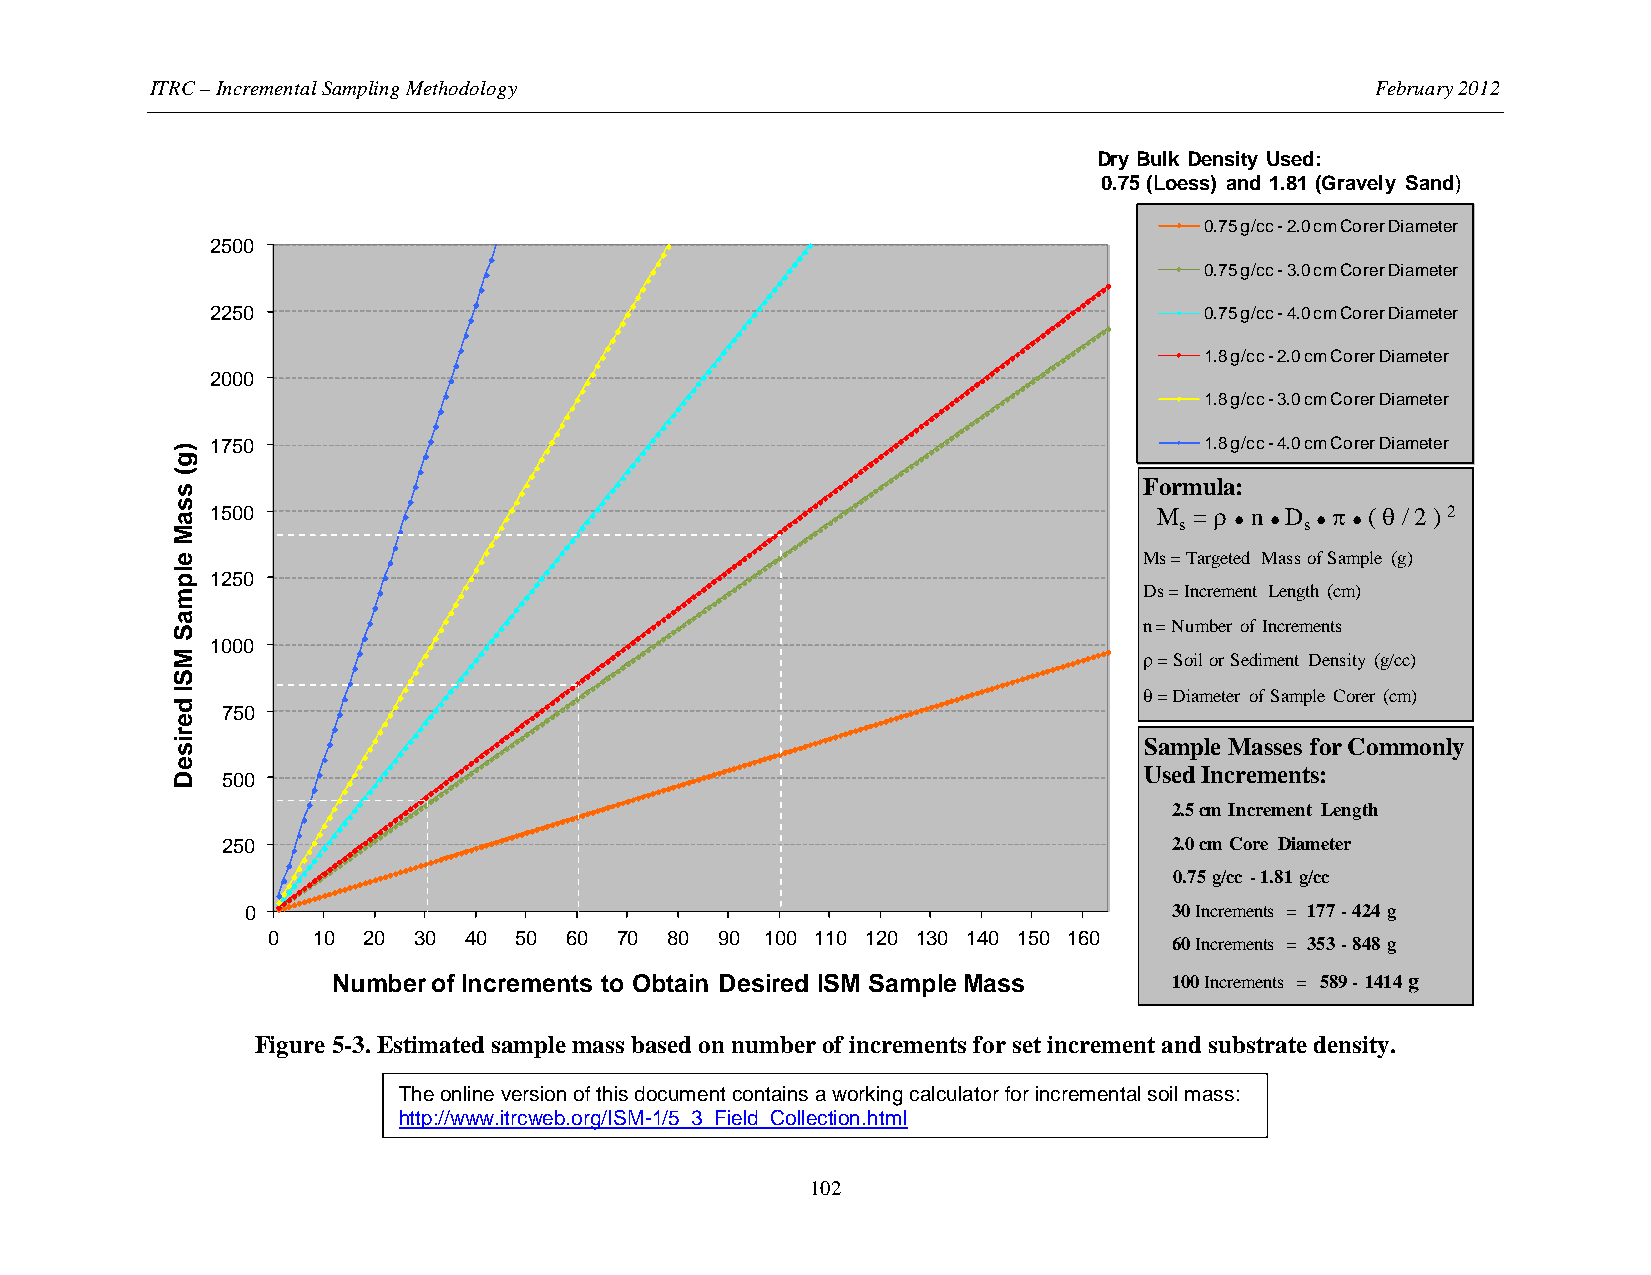
ITRC – Incremental Sampling Methodology                                          February 2012
 Dry Bulk Density Used:
 0.75 (Loess) and 1.81 (Gravely Sand)
 0.75 g/cc -2.0 cm Corer Diameter
 2500
 0.75 g/cc -3.0 cm Corer Diameter
 2250                                                              0.75 g/cc -4.0 cm Corer Diameter
 1.8 g/cc -2.0 cm Corer Diameter
 2000
 1.8 g/cc -3.0 cm Corer Diameter
 1750                                                              1.8 g/cc -4.0 cm Corer Diameter
 Formula:
 1500                                                           M s = ρ ● n ●D s●π ●( θ / 2 ) 2
 Ms = Targeted Mass of Sample (g)
 1250
 Ds = Increment Length (cm)
 n = Number of Increments
 1000
 ρ= Soil or Sediment Density (g/cc)
 θ= Diameter of Sample Corer (cm)
 750
 Sample Masses for Commonly
 Used Increments:
 500
 2.5 cm Increment Length
 250                                                            2.0 cm Core Diameter
 0.75 g/cc -1.81 g/cc
 0                                                             30Increments = 177 -424 g
 0  10 20 30  40 50 60  70 80 90  100 110 120 130 140 150 160 60Increments = 353 -848 g
 Number of Increments to Obtain Desired ISM Sample Mass  100Increments = 589 -1414 g
 Figure 5-3. Estimated sample mass based on number of increments for set increment and substrate density.
 The online version of this document contains a working calculator for incremental soil mass:
 http://www.itrcweb.org/ISM-1/5_3_Field_Collection.html
 102
 )g(
 ssaM
 elpmaS
 MSI
 deriseD